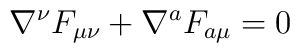
\nabla^{\nu} F_{\mu \nu} + \nabla^{a}F_{a \mu}=0